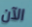
الآن